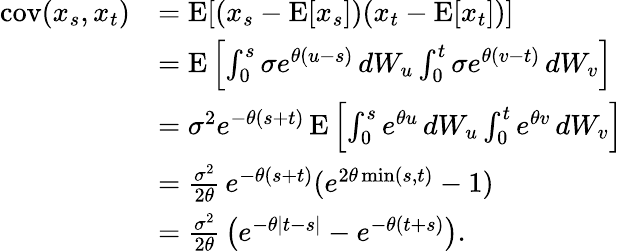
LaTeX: {\begin{array}{rl}{\operatorname{cov}(x_{s},x_{t})}&{=\operatorname{E}[(x_{s}-\operatorname{E}[x_{s}])(x_{t}-\operatorname{E}[x_{t}])]}\\ &{=\operatorname{E}\left[\int_{0}^{s}\sigma e^{\theta(u-s)}\, dW_{u}\int_{0}^{t}\sigma e^{\theta(v-t)}\, dW_{v}\right]}\\ &{=\sigma^{2}e^{-\theta(s+t)}\operatorname{E}\left[\int_{0}^{s}e^{\theta u}\, dW_{u}\int_{0}^{t}e^{\theta v}\, dW_{v}\right]}\\ &{={\frac{\sigma^{2}}{2\theta}}\, e^{-\theta(s+t)}(e^{2\theta\operatorname*{min}(s,t)}-1)}\\ &{={\frac{\sigma^{2}}{2\theta}}\left(e^{-\theta|t-s|}-e^{-\theta(t+s)}\right).}\end{array}}